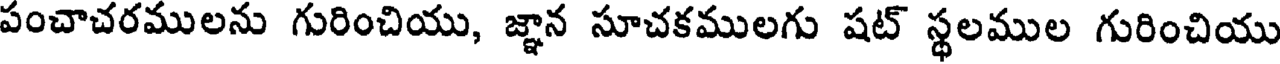
పంచాచరములను గురించియు, జ్ఞాన సూచకములగు షట్ స్థలముల గురించియు